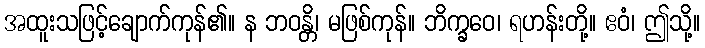
အထူးသဖြင့်ချောက်ကုန်၏။ န ဘဝန္တိ၊ မဖြစ်ကုန်။ ဘိက္ခဝေ၊ ရဟန်းတို့။ ဧဝံ၊ ဤသို့။